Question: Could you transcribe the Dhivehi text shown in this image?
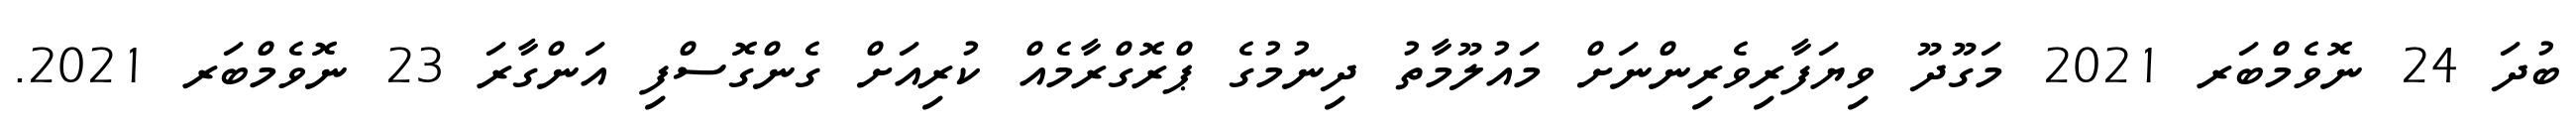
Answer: ބުދަ 24 ނޮވެމްބަރ 2021 މަގޫދޫ ވިޔަފާރިވެރިންނަށް މައުލޫމާތު ދިނުމުގެ ޕްރޮގްރާމެއް ކުރިއަށް ގެންގޮސްފި އަންގާރަ 23 ނޮވެމްބަރ 2021.